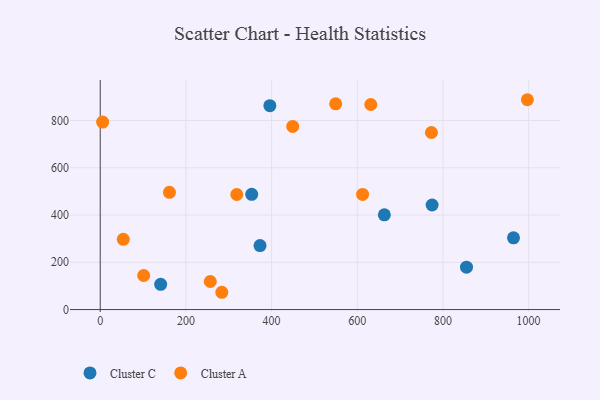
{"axis": {"x": "Speed", "y": "Exam Score"}, "legend": ["Cluster A", "Cluster C"], "data": [{"x": "353.6", "y": 487.6, "type": "Cluster C"}, {"x": "373.0", "y": 270.8, "type": "Cluster C"}, {"x": "774.7", "y": 442.4, "type": "Cluster C"}, {"x": "663.2", "y": 400.8, "type": "Cluster C"}, {"x": "855.0", "y": 179.3, "type": "Cluster C"}, {"x": "964.7", "y": 303.7, "type": "Cluster C"}, {"x": "396.0", "y": 862.9, "type": "Cluster C"}, {"x": "141.1", "y": 106.7, "type": "Cluster C"}, {"x": "53.8", "y": 297.4, "type": "Cluster A"}, {"x": "101.4", "y": 144.1, "type": "Cluster A"}, {"x": "549.6", "y": 870.7, "type": "Cluster A"}, {"x": "256.9", "y": 118.8, "type": "Cluster A"}, {"x": "161.6", "y": 496.0, "type": "Cluster A"}, {"x": "449.3", "y": 774.8, "type": "Cluster A"}, {"x": "318.8", "y": 487.0, "type": "Cluster A"}, {"x": "612.5", "y": 487.2, "type": "Cluster A"}, {"x": "283.8", "y": 73.1, "type": "Cluster A"}, {"x": "5.6", "y": 793.4, "type": "Cluster A"}, {"x": "997.1", "y": 888.0, "type": "Cluster A"}, {"x": "773.1", "y": 749.3, "type": "Cluster A"}, {"x": "631.5", "y": 867.7, "type": "Cluster A"}]}